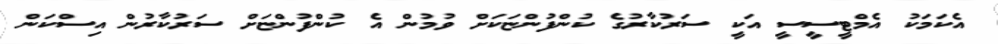
އެކަމަކު އެމްޓީސީސީ އަކީ ސަރުކާރުގެ ކުންފުންޏަކަށް ވުމުން އެ ކުންފުންޏަށް ސަރުކާރުން އިސްކަން